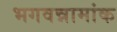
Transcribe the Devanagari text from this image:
भगवन्नामांक